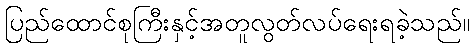
ပြည်ထောင်စုကြီးနှင့်အတူလွတ်လပ်ရေးရခဲ့သည်။